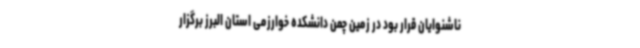
ناشنوایان قرار بود در زمین چمن دانشکده خوارزمی استان البرز برگزار